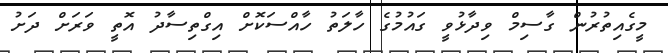
މީގެއިތުރުން ގާސިމް ވިދާޅުވީ ގައުމުގެ ހާލަތު ހާއްސަކޮށް އިގްތިސާދު އޮތީ ވަރަށް ދަށު